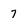
Character: 7